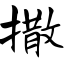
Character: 撒